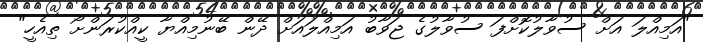
"އަމިއްލަ އަށް ސުވާލުކޮށްފަ ސުވާލުގެ ޖަވާބު އަމިއްލައަށް ދޭން ބޭނުމިއްޔާ ކީއްކުރަންށޯ ތިއެހީ"